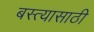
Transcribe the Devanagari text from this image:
बस्त्यासाठी